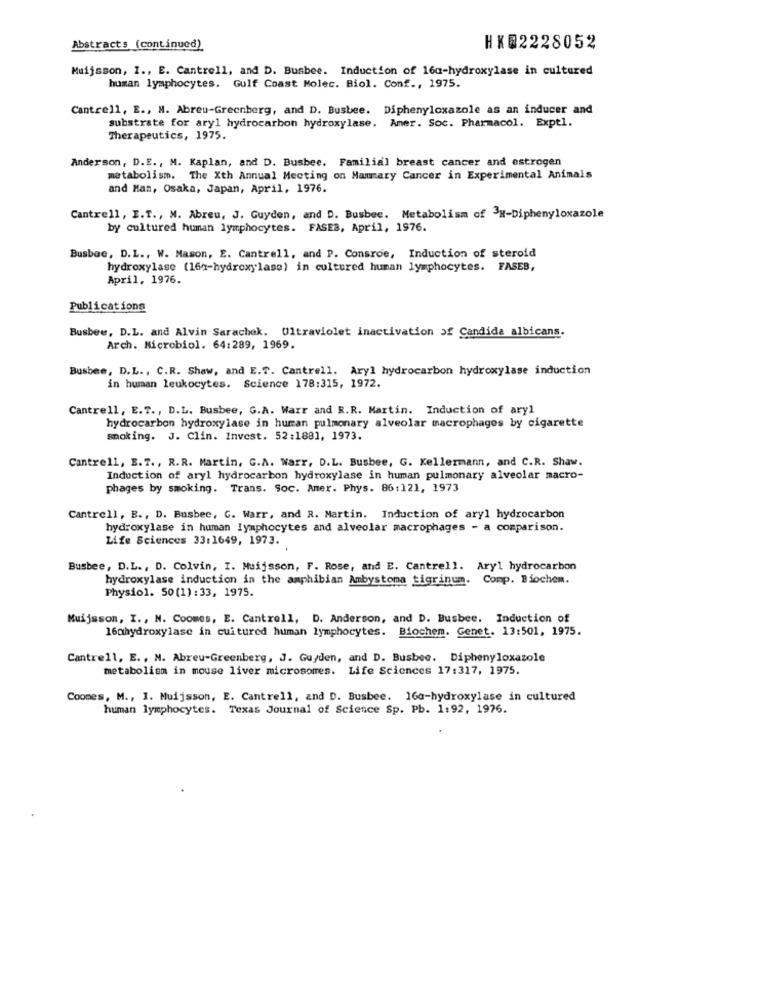
Abstracts (continued)
HX@2228052
Muijsson, I ., E. Cantrell, and D. Busbee. Induction of 16q-hydroxylase in cultured
human lymphocytes. Gulf Coast Molec. Biol. Conf ., 1975.
Cantrell, E ., M. Abreu-Greenberg, and D. Busbee. Diphenyloxazole as an inducer and
substrate for aryl hydrocarbon hydroxylase. Amer. Soc. Pharmacol. Exptl.
Therapeutics, 1975.
Anderson, D.E ., M. Kaplan, and D. Busbee. Familial breast cancer and estrogen
metabolism. The Xth Annual Meeting on Mammary Cancer in Experimental Animals
and Man, Osaka, Japan, April, 1976.
Cantrell, E.T ., M. Abreu, J. Guyden, and D. Busbee. Metabolism of 3H-Diphenyloxazole
by cultured human lymphocytes. FASES, April, 1976.
Busbee, D.L ., W. Mason, E. Cantrell, and P. Consroe, Induction of steroid
hydroxylase (164-hydroxylase) in cultured human lymphocytes. FASEB,
April, 1976.
Publications
Busbee, D.L. and Alvin Sarachek. Ultraviolet inactivation of Candida albicans.
Arch. Microbiol. 64:289, 1969.
Busbee, D.L ., C.R. Shaw, and E.T. Cantrell. Aryl hydrocarbon hydroxylase induction
in human leukocytes. Science 178:315, 1972.
Cantrell, E.T ., D.L. Busbee, G.A. Warr and R.R. Martin. Induction of aryl
hydrocarbon hydroxylase in human pulmonary alveolar macrophages by cigarette
smoking. J. Clin. Invest. 52:1881, 1973.
Cantrell, E.T ., R.R. Martin, G.A. Warr, D.L. Busbee, G. Kellermann, and C.R. Shaw.
Induction of aryl hydrocarbon hydroxylase in human pulmonary alveolar macro-
phages by smoking. Trans. Soc. Amer. Phys. 86:121, 1973
Cantrell, B ., D. Busbee, C. Warr, and R. Martin. Induction of aryl hydrocarbon
hydroxylase in human lymphocytes and alveolar macrophages - a comparison.
Life Sciences 33:1649, 1973.
Busbee, D.L ., D. Colvin, I. Muijsson, F. Rose, and E. Cantrell. Ary1 hydrocarbon
hydroxylase induction in the amphibian Ambystoma tigrinum. Comp. Biochem.
Physiol. 50(1):33, 1975.
Muijsson, I ., N. Coomes, E. Cantrell, D. Anderson, and D. Busbee. Induction of
16qhydroxylase in cuitured human lymphocytes. Biochem. Genet. 13:501, 1975.
Cantrell, E ., N. Abreu-Greenberg, J. Guyden, and D. Busbee. Diphenyloxazole
metabolism in mouse liver microsomes. Life Sciences 17:317, 1975.
Coomes, M ., I. Muijsson, E. Cantrell, and D. Busbee. 160-hydroxylase in cultured
human lymphocytes. Texas Journal of Science Sp. Pb. 1:92, 1976.